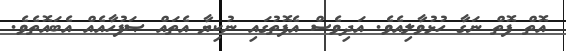
އޮތް ފޮތް ނަގާ ހުޅުވާލިއެވެ. އަދިވެސް އެފޮތުގައި ނުކިޔާ އެތައް ޞަފުހާއެއް އެބައޮތެވެ.